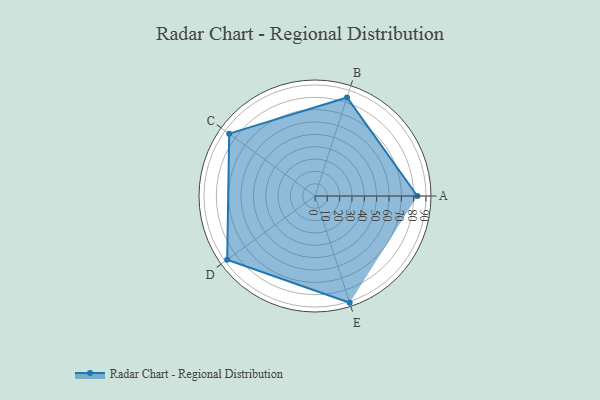
{"axis": {"x": "Skill", "y": "Score"}, "legend": ["Profile"], "data": [{"x": "A", "y": 83.0, "type": "Profile"}, {"x": "B", "y": 84.0, "type": "Profile"}, {"x": "C", "y": 86.0, "type": "Profile"}, {"x": "D", "y": 88.0, "type": "Profile"}, {"x": "E", "y": 91.0, "type": "Profile"}]}